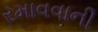
રમાવવાની